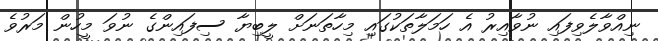
ނިއްވާލެވިފައި ނުވާއިރު އެ ހަމަލާތަކުގައި މިހާތަނަށް ލީބިޔާ ސިފައިންގެ ނުވަ މީހުން މަރުވެ